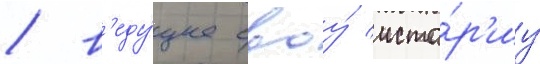
/ в'еду́щее своу́ исто́р'иу